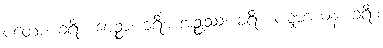
ပတော၊ ခရီး။ ပေဉ္စာ၊ ခရီး။ အဉ္စုဿံ၊ ခရီး။ ပဋ္ဋမာယနံ၊ ခရီး။